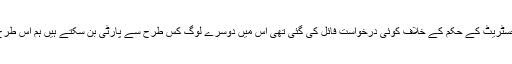
جسٹس امیر ہانی مسلم نے کہا کہ مجسٹریٹ کے حکم کے خلاف کوئی درخواست فائل کی گئی تھی اس میں دوسرے لوگ کس طرح سے پارٹی بن سکتے ہیں ہم اس طرح کی اجازت کیسے دے سکتے ہیں ۔